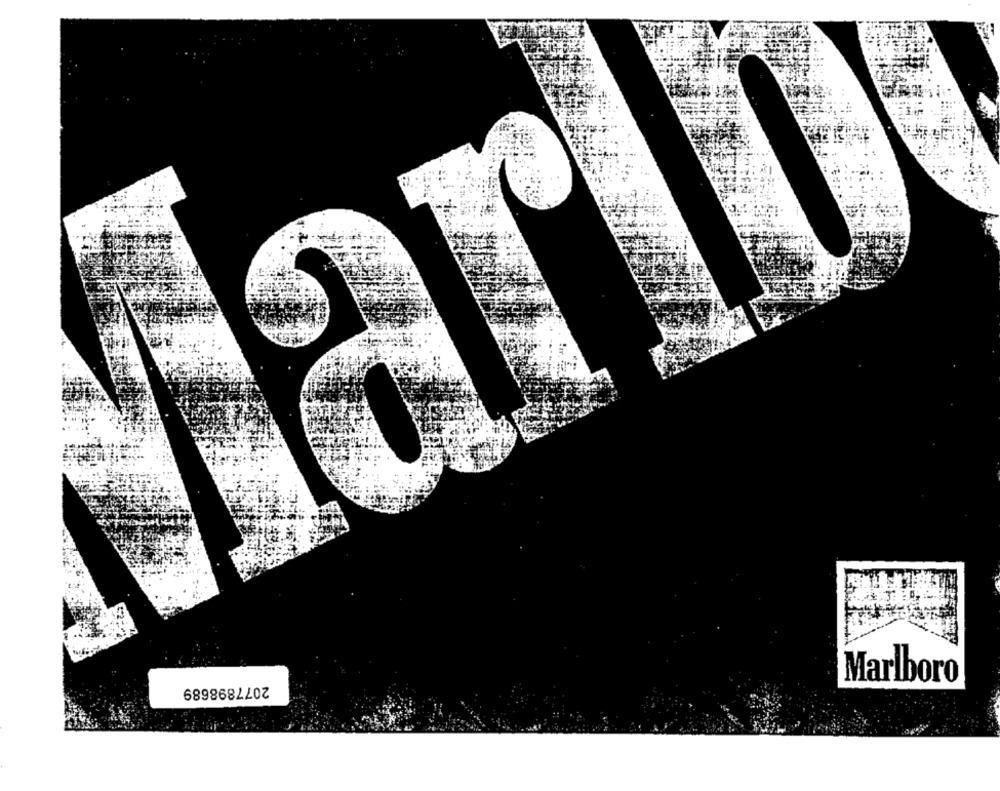
Marlboro
2077898689